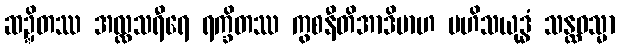
ဆဍ္ဍိတဿ အလ္လသရီရေ ရက္ခိတဿ ကွစနီတိအာဒိမာဟ မဟိသယုဒ္ဓံ သန္ထဝသ္မာ